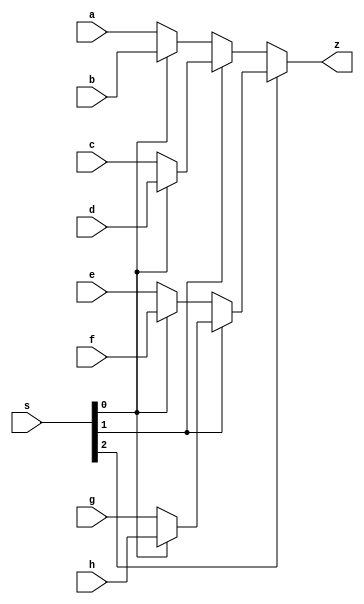
`timescale 1ns / 1ps
//////////////////////////////////////////////////////////////////////////////////
// Company: 
// Engineer: 
// 
// Design Name: 
// Module Name: MUX2_3
// Project Name: 
// Target Devices: 
// Tool Versions: 
// Description: 
// 
// Dependencies: 
// 
// Revision:
// Revision 0.01 - File Created
// Additional Comments:
// 
//////////////////////////////////////////////////////////////////////////////////


module MUX8_1(
    input [31:0] a,
    input [31:0] b,
    input [31:0] c,
    input [31:0] d,
    input [31:0] e,
    input [31:0] f,
    input [31:0] g,
    input [31:0] h,
    input [2:0] s,
    output [31:0] z
    );
    assign z=s[2]?(s[1]?(s[0]?h:g):(s[0]?f:e)):(s[1]?(s[0]?d:c):(s[0]?b:a));
endmodule